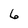
Character: 6